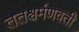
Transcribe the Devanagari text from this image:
ततश्चर्मणवती